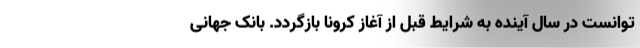
توانست در سال آینده به شرایط قبل از آغاز کرونا بازگردد. بانک جهانی